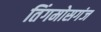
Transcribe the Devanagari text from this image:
तिंगमोसगंज